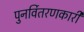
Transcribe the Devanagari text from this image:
पुनर्वितरणकारी